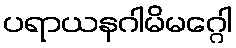
ပရာယနဂါမိမဂ္ဂေါ